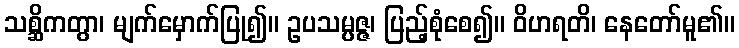
သစ္ဆိကတွာ၊ မျက်မှောက်ပြု၍။ ဥပသမ္ပဇ္ဇ၊ ပြည့်စုံစေ၍။ ဝိဟရတိ၊ နေတော်မူ၏။